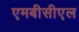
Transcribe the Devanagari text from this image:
एमबीसीएल